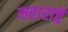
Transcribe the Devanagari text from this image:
महाराष्ट्रे